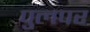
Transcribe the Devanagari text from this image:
पुलपर